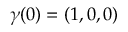
{ \boldsymbol \gamma } ( 0 ) = ( 1 , 0 , 0 )